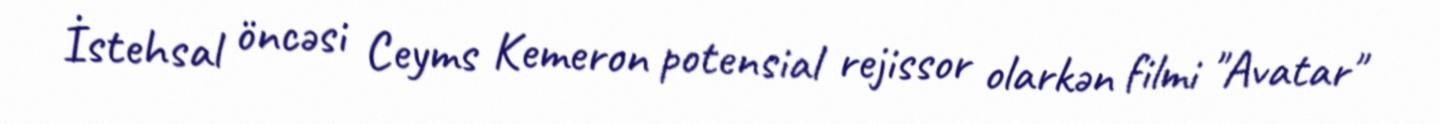
İstehsal öncəsi Ceyms Kemeron potensial rejissor olarkən filmi "Avatar"